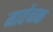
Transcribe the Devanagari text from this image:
मार्तनक